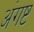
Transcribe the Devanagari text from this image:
अंगष्ट